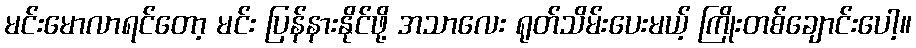
မင်းမောလာရင်တော့ မင်း ပြန်နားနိုင်ဖို့ အသာလေး ရုတ်သိမ်းပေးမယ့် ကြိုးတစ်ချောင်းပေါ့။